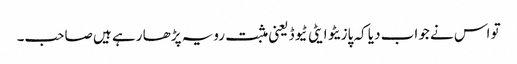
تو اس نے جواب دیا کہ پازیٹو ایٹی ٹیوڈ یعنی مثبت رویہ پڑھا رہے ہیں صاحب۔